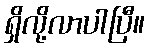
ရှိလို့လာပါပြီ။